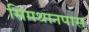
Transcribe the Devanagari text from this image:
सिमथानपास